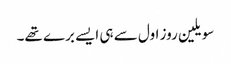
سویلین روز اول سے ہی ایسے برے تھے۔